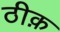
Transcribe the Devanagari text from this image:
ठीक़